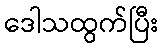
ဒေါသထွက်ပြီး